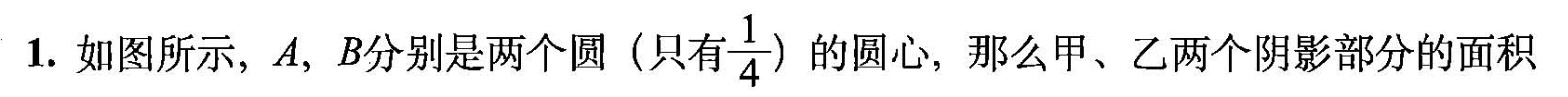
1.如图所示，A、B分别是两个圆(只有\frac{1}{4})的圆心，那么甲、乙两个阴影部分的面积